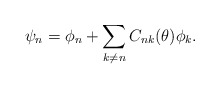
\begin{align*}\psi_{n}=\phi_{n}+ \sum_{k\neq n}C_{nk}(\theta)\phi_{k} .\end{align*}